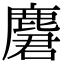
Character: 麏